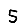
Digit: 5